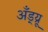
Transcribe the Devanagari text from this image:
अँड्य्रू